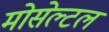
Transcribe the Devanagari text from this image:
मोसेल्टल